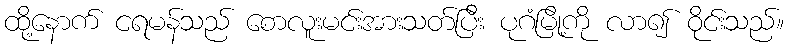
ထို့နောက် ငရမန်သည် စောလူးမင်းအားသတ်ပြီး ပုဂံမြို့ကို လာ၍ ဝိုင်းသည်။